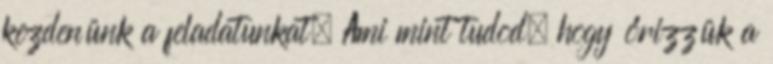
kezdenünk a feladatunkat. Ami mint tudod, hogy őrizzük a